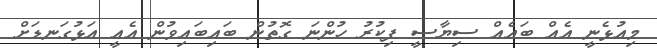
މިއުޅެނީ އެއް ބައެއް ސިޔާސީ ފިކުރު ހުންނަ ގޮތުން ބައިބައިވުން އެއީ އަޅުގަނޑަށް